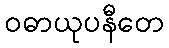
ဝဓာယုပနီတေ